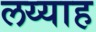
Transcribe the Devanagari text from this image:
लय्याह